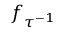
f _ { { \tau } ^ { - 1 } }